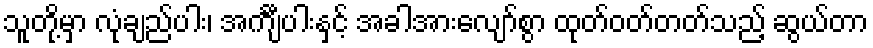
သူတို့မှာ လုံချည်ပါး၊ အင်္ကျီပါးနှင့် အခါအားလျော်စွာ ထုတ်ဝတ်တတ်သည့် ဆွယ်တာ